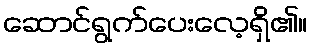
ဆောင်ရွက်ပေးလေ့ရှိ၏။